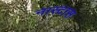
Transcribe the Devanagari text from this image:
नास्टास